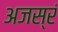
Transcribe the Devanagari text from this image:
अजस्रं